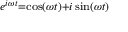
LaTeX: \scriptstyle e ^ { i \omega t } = \cos ( \omega t ) + i \sin ( \omega t )